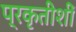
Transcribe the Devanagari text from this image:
प्रकृतीशीं